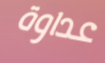
عداوة